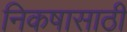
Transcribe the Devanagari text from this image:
निकषासाठी